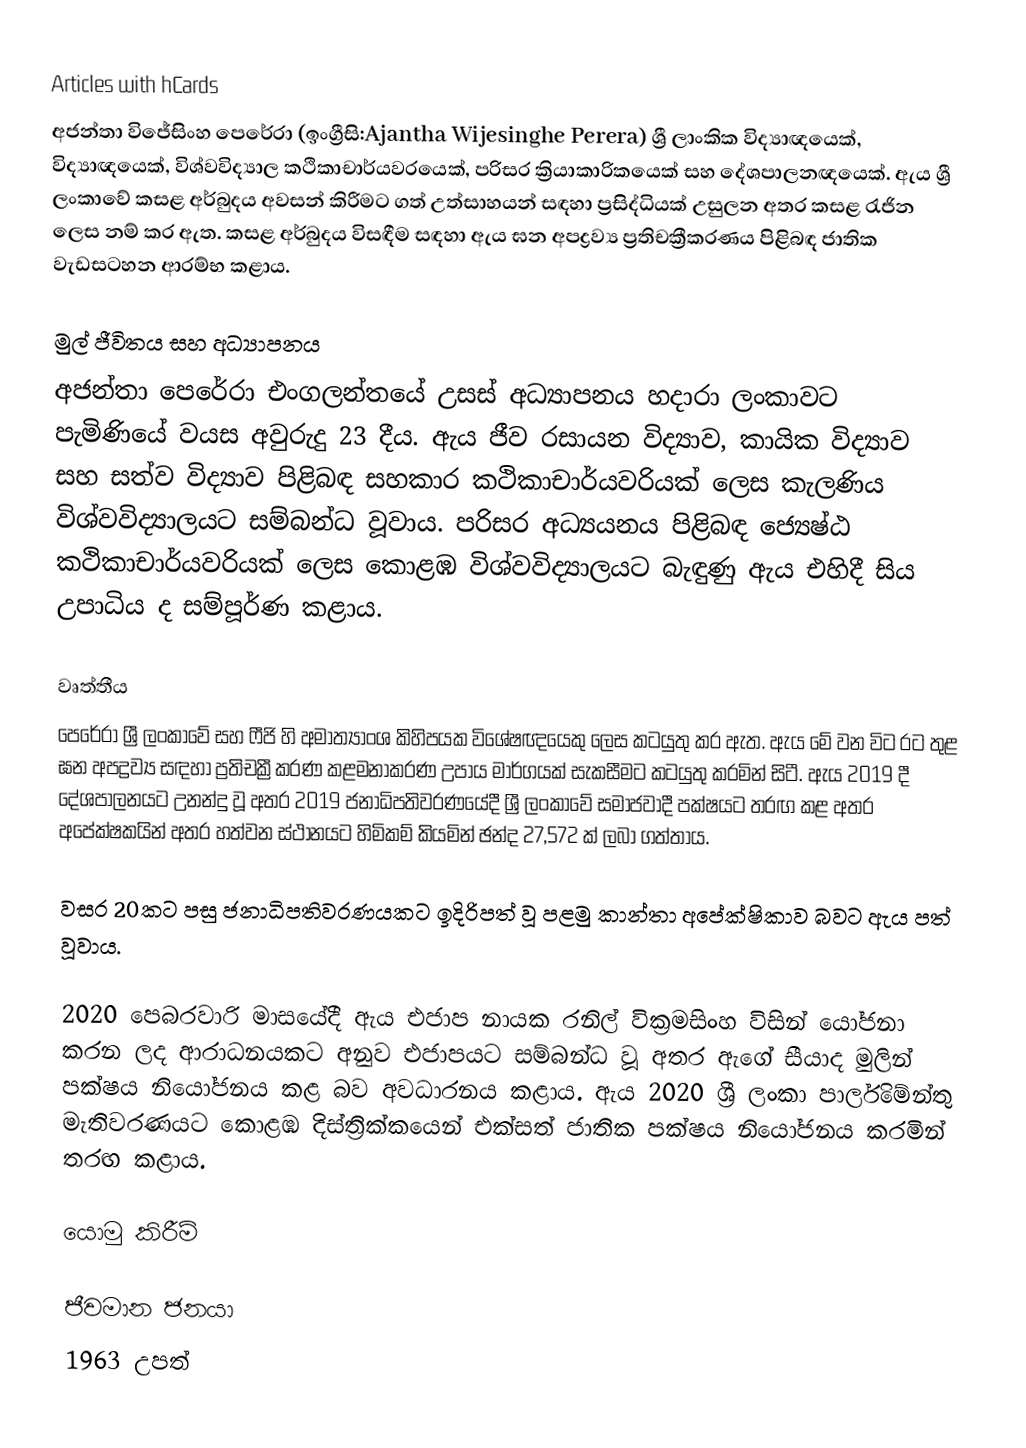
Articles with hCards
අජන්තා විජේසිංහ පෙරේරා (ඉංග්‍රීසි:Ajantha Wijesinghe Perera) ශ්‍රී ලාංකික විද්‍යාඥයෙක්, විද්‍යාඥයෙක්, විශ්වවිද්‍යාල කථිකාචාර්යවරයෙක්, පරිසර ක්‍රියාකාරිකයෙක් සහ දේශපාලනඥයෙක්. ඇය ශ්‍රී ලංකාවේ කසළ අර්බුදය අවසන් කිරීමට ගත් උත්සාහයන් සඳහා ප්‍රසිද්ධියක් උසුලන අතර කසළ රැජින ලෙස නම් කර ඇත. කසළ අර්බුදය විසඳීම සඳහා ඇය ඝන අපද්‍රව්‍ය ප්‍රතිචක්‍රීකරණය පිළිබඳ ජාතික වැඩසටහන ආරම්භ කළාය.

මුල් ජීවිතය සහ අධ්‍යාපනය
අජන්තා පෙරේරා එංගලන්තයේ උසස් අධ්‍යාපනය හදාරා ලංකාවට පැමිණියේ වයස අවුරුදු 23 දීය. ඇය ජීව රසායන විද්‍යාව, කායික විද්‍යාව සහ සත්ව විද්‍යාව පිළිබඳ සහකාර කථිකාචාර්යවරියක් ලෙස කැලණිය විශ්වවිද්‍යාලයට සම්බන්ධ වූවාය. පරිසර අධ්‍යයනය පිළිබඳ ජ්‍යෙෂ්ඨ කථිකාචාර්යවරියක් ලෙස කොළඹ විශ්වවිද්‍යාලයට බැඳුණු ඇය එහිදී සිය උපාධිය ද සම්පූර්ණ කළාය.

වෘත්තීය
පෙරේරා ශ්‍රී ලංකාවේ සහ ෆීජි හි අමාත්‍යාංශ කිහිපයක විශේෂඥයෙකු ලෙස කටයුතු කර ඇත. ඇය මේ වන විට රට තුළ ඝන අපද්‍රව්‍ය සඳහා ප්‍රතිචක්‍රීකරණ කළමනාකරණ උපාය මාර්ගයක් සැකසීමට කටයුතු කරමින් සිටී. ඇය 2019 දී දේශපාලනයට උනන්දු වූ අතර 2019 ජනාධිපතිවරණයේදී ශ්‍රී ලංකාවේ සමාජවාදී පක්ෂයට තරඟ කළ අතර අපේක්ෂකයින් අතර හත්වන ස්ථානයට හිමිකම් කියමින් ඡන්ද 27,572 ක් ලබා ගත්තාය.

වසර 20කට පසු ජනාධිපතිවරණයකට ඉදිරිපත් වූ පළමු කාන්තා අපේක්ෂිකාව බවට ඇය පත් වූවාය.

2020 පෙබරවාරි මාසයේදී ඇය එජාප නායක රනිල් වික්‍රමසිංහ විසින් යෝජනා කරන ලද ආරාධනයකට අනුව එජාපයට සම්බන්ධ වූ අතර ඇගේ සීයාද මුලින් පක්ෂය නියෝජනය කළ බව අවධාරනය කළාය. ඇය 2020 ශ්‍රී ලංකා පාර්ලිමේන්තු මැතිවරණයට කොළඹ දිස්ත්‍රික්කයෙන් එක්සත් ජාතික පක්ෂය නියෝජනය කරමින් තරඟ කළාය.

යොමු කිරීම්

ජීවමාන ජනයා
1963 උපත්